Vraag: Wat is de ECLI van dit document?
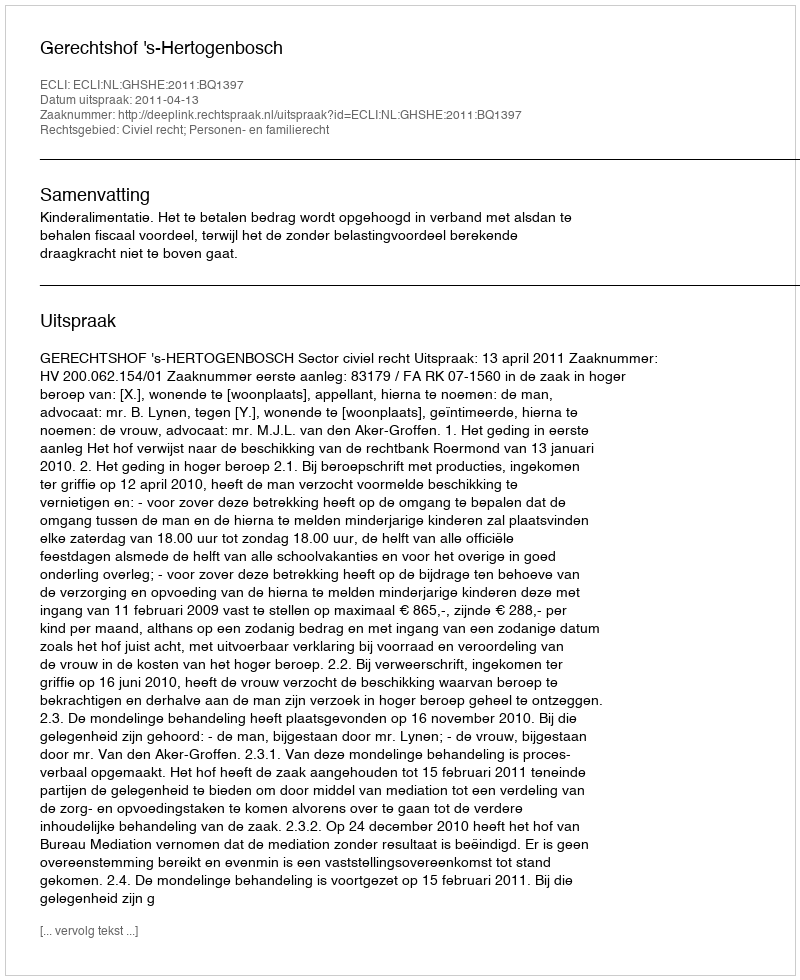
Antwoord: ECLI:NL:GHSHE:2011:BQ1397